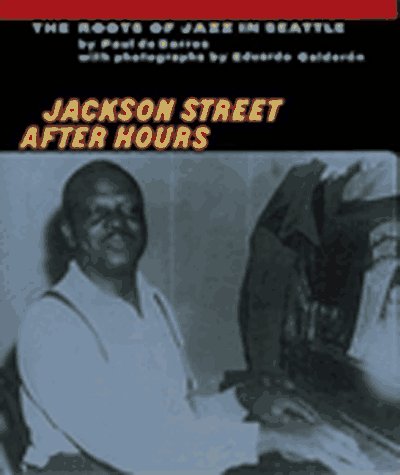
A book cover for Jackson Street After Hours: The Roots of Jazz in Seattle; Paul De Barros; Travel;